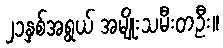
၂၁နှစ်အရွယ် အမျိုးသမီးတဦး။